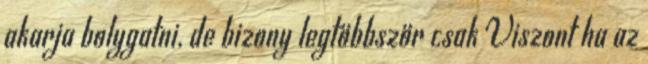
akarja bolygatni, de bizony legtöbbször csak Viszont ha az